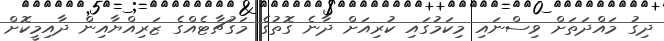
ދިގު މައްދަތަށް ވިސްނައި މިކަމުގައި ކުރިއަށް ދާނެ ގޮތުގެ މަގުޗާޓެއްގެ ޒަރިއްޔާއިން ދާއިމީކޮށް